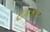
ટકકર